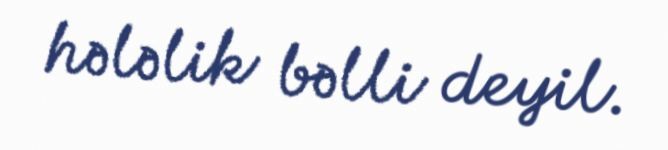
hələlik bəlli deyil.